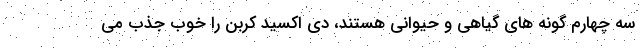
سه چهارم گونه های گیاهی و حیوانی هستند، دی اکسید کربن را خوب جذب می